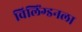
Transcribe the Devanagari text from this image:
विलिंग्डनला